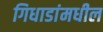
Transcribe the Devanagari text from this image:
गिधाडांमधील